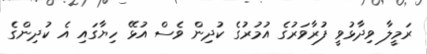
ރަމީލާ ވިދާޅުވީ ފުރާވަރުގެ އުމުރުގެ ކުދިން ވެސް އުޅޭ ހިޔާގައި އެ ކުދިންގެ